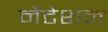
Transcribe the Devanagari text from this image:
नैटेशन